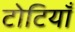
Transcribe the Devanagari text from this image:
टोटियाँ